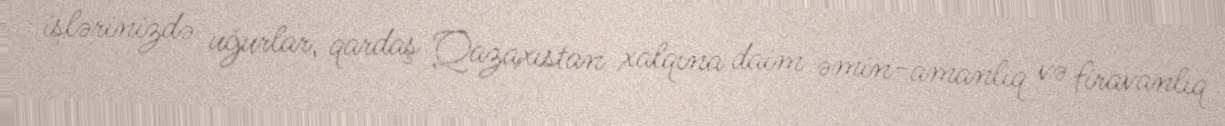
işlərinizdə uğurlar, qardaş Qazaxıstan xalqına daim əmin-amanlıq və firavanlıq